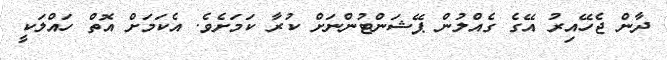
ދާން ޖެހޭއިރު އޭގެ ގެއްލުން ޕޭޝަންޓުންނަށް ކުރާ ކަމަށެވެ. އެކަމަށް އޮތް ހައްލަކީ